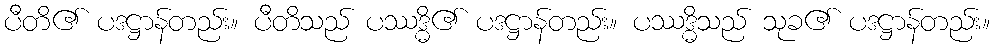
ပီတိ၏ ပဒဋ္ဌာန်တည်း။ ပီတိသည် ပဿဒ္ဓိ၏ ပဒဋ္ဌာန်တည်း။ ပဿဒ္ဓိသည် သုခ၏ ပဒဋ္ဌာန်တည်း။